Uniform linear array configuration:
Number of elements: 64
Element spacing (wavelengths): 1
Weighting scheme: hann
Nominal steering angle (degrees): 15
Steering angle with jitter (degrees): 15.65
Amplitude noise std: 0.05
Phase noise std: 0.05

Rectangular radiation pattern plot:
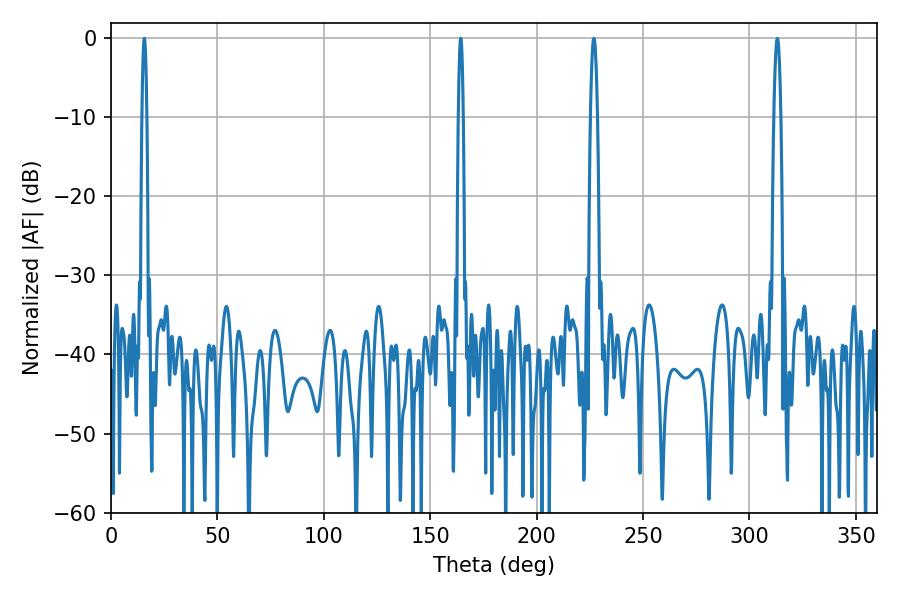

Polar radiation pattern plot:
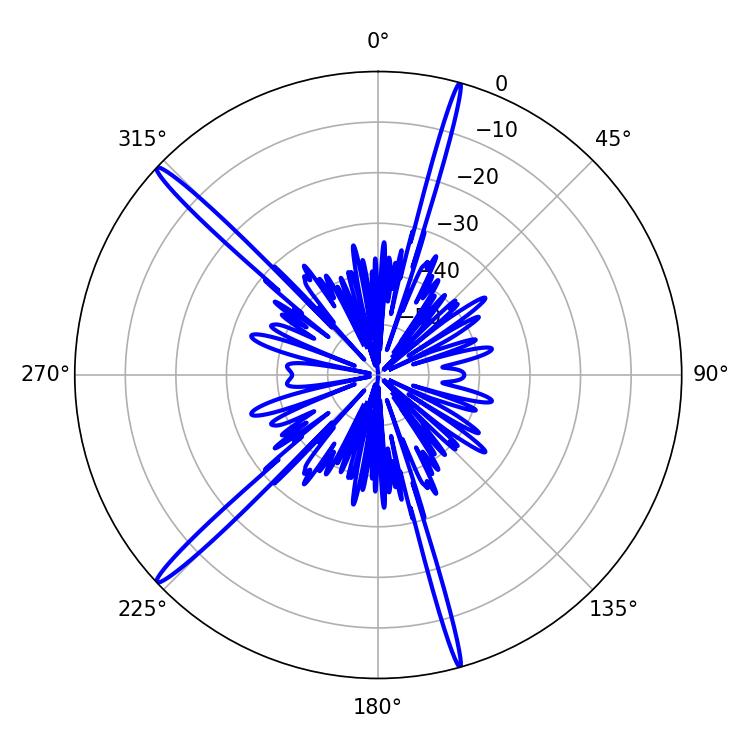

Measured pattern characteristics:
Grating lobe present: TRUE
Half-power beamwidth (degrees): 1.08
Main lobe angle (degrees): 15.66